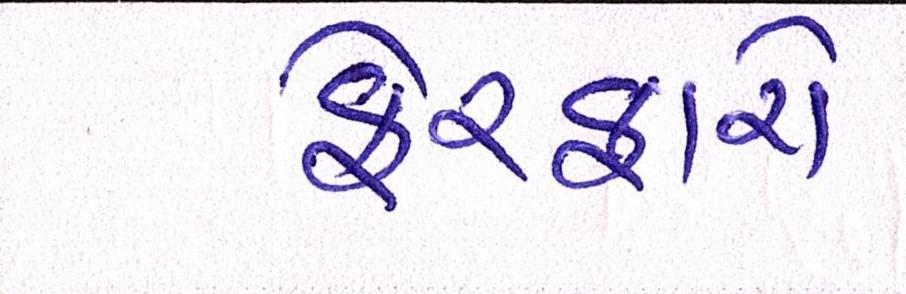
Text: ફેરફારો